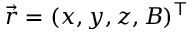
\vec { r } = ( x , y , z , B ) ^ { \top }